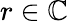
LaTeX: r\in\mathbb{C}